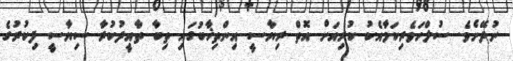
ނުދޭށެވެ. ސުލްހަވެރިކަމާއެކު ކުރިއަށް އޮތް ރިޔާސީ އިންތިޚާބުގައި ތިބާ ތާއީދުކުރާ ސިޔާސީ ފިކުރުގެ